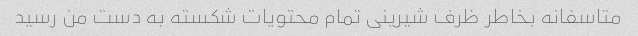
متاسفانه بخاطر ظرف شیرینی تمام محتویات شکسته به دست من رسید